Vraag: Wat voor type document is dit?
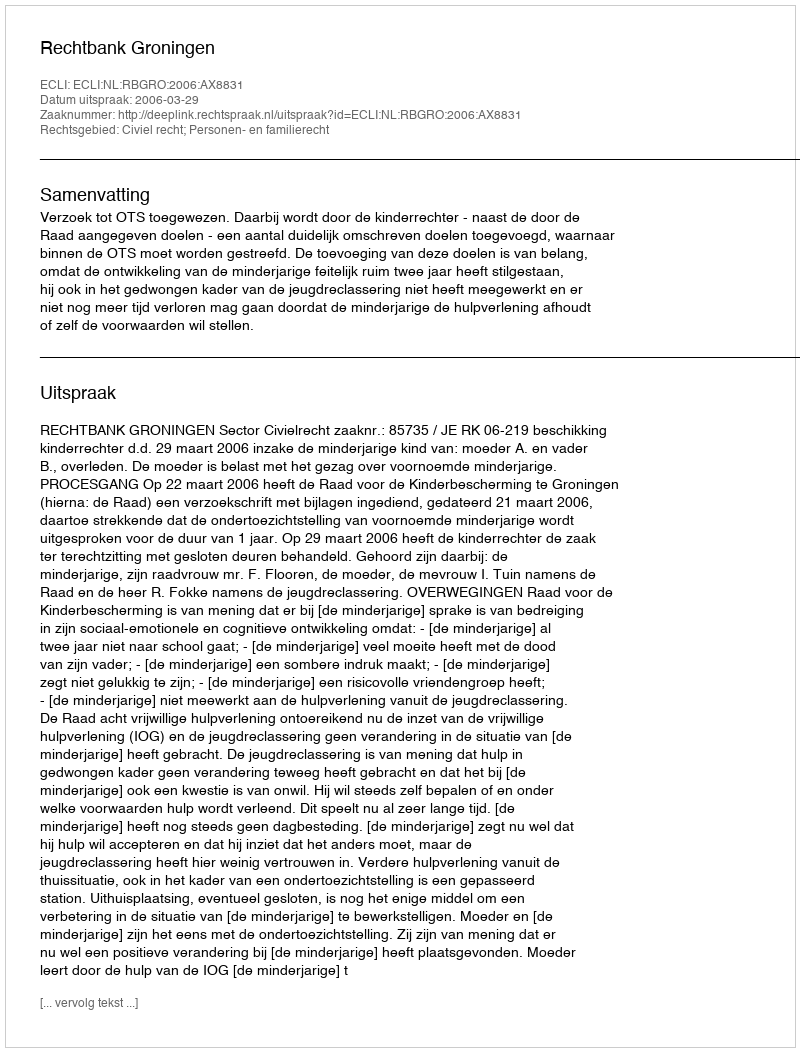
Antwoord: Uitspraak